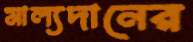
মাল্যদানের